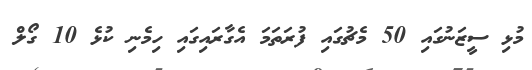
މުޅި ސީޒަނުގައި 50 މެޗުގައި ފުރަތަމަ އެގާރައިގައި ހިމެނި ކުޅެ 10 ގޯލް